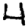
Digit: 4